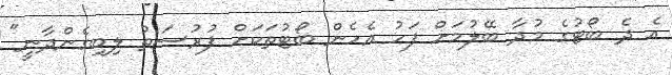
އެ ދެ ބޯޓުގެ މުދާ ބޭލުމަށް ފަހު އެހެން ބޯޓުތަކަށް ފުރުސަތު ލިބިގެންދާނީ"